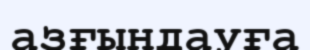
азғындауға